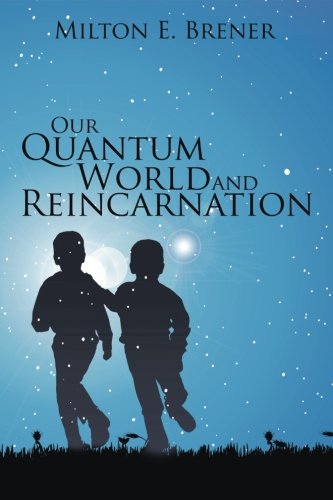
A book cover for Our Quantum World and Reincarnation; Milton E. Brener; Science & Math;